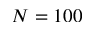
N = 1 0 0